Vaccine operations Central Provinces 1886-1899 - 1886-1899
Year: 1886
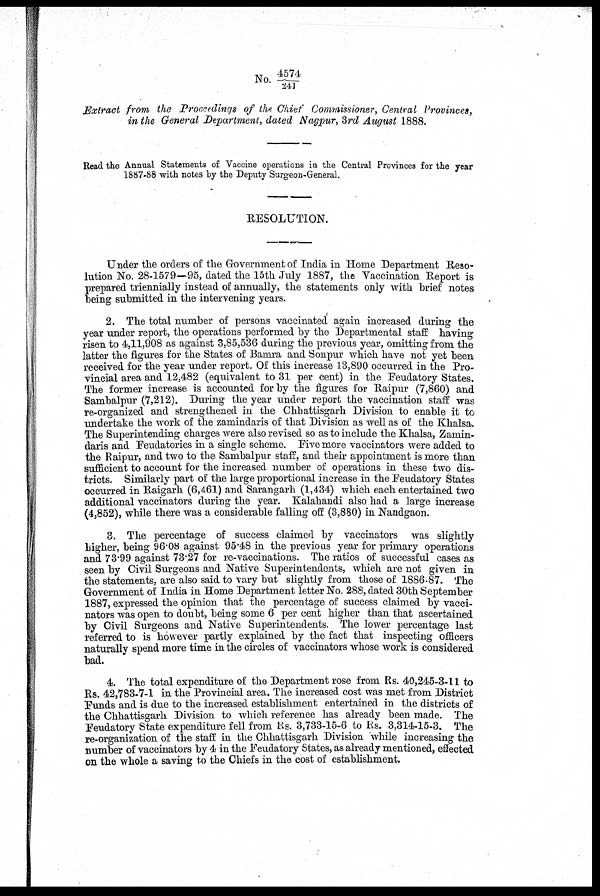
No. 4574/241
Extract from the Proceedings of the Chief Commissioner, Central Provinces,
in the General Department, dated Nagpur, 3rd August 1888.
Read the Annual Statements of Vaccine operations in the Central Provinces for the year
1887-88 with notes by the Deputy Surgeon-General.
RESOLUTION.
Under the orders of the Government of India in Home Department Reso-
lution No. 28-1579-95, dated the 15th July 1887, the Vaccination Report is
prepared triennially instead of annually, the statements only with brief notes
being submitted in the intervening years.
2. The total number of persons vaccinated again increased during the
year under report, the operations performed by the Departmental staff having
risen to 4,11,908 as against 3,85,536 during the previous year, omitting from the
latter the figures for the States of Bamra and Sonpur which have not yet been
received for the year under report. Of this increase 13,890 occurred in the Pro-
vincial area and 12,482 (equivalent to 31 per cent) in the Feudatory States.
The former increase is accounted for by the figures for Raipur (7,860) and
Sambalpur (7,212). During the year under report the vaccination staff was
re-organized and strengthened in the Chhattisgarh Division to enable it to
undertake the work of the zamindaris of that Division as well as of the Khalsa.
The Superintending charges were also revised so as to include the Khalsa, Zamin-
daris and Feudatories in a single scheme. Five more vaccinators were added to
the Raipur, and two to the Sambalpur staff, and their appointment is more than
sufficient to account for the increased number of operations in these two dis-
tricts. Similarly part of the large proportional increase in the Feudatory States
occurred in Raigarh (6,461) and Sarangarh (1,434) which each entertained two
additional vaccinators during the year. Kalahandi also had a large increase
(4,852), while there was a considerable falling off (3,880) in Nandgaon.
3. The percentage of success claimed by vaccinators was slightly
higher, being 96.08 against 95.48 in the previous year for primary operations
and 73.99 against 73.27 for re-vaccinations. The ratios of successful cases as
seen by Civil Surgeons and Native Superintendents, which are not given in
the statements, are also said to vary but slightly from those of 1886-87. The
Government of India in Home Department letter No. 288, dated 30th September
1887, expressed the opinion that the percentage of success claimed by vacci-
nators was open to doubt, being some 6 per cent higher than that ascertained
by Civil Surgeons and Native Superintendents. The lower percentage last
referred to is however partly explained by the fact that inspecting officers
naturally spend more time in the circles of vaccinators whose work is considered
bad.
4. The total expenditure of the Department rose from Rs. 40,245-3-11 to
Rs. 42,783-7-1 in the Provincial area. The increased cost was met from District
Funds and is due to the increased establishment entertained in the districts of
the Chhattisgarh Division to which reference has already been made. The
Feudatory State expenditure fell from Rs. 3,733-15-6 to Rs. 3,314-15-3. The
re-organization of the staff in the Chhattisgarh Division while increasing the
number of vaccinators by 4 in the Feudatory States, as already mentioned, effected
on the whole a saving to the Chiefs in the cost of establishment.